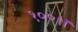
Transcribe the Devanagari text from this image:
१००।।